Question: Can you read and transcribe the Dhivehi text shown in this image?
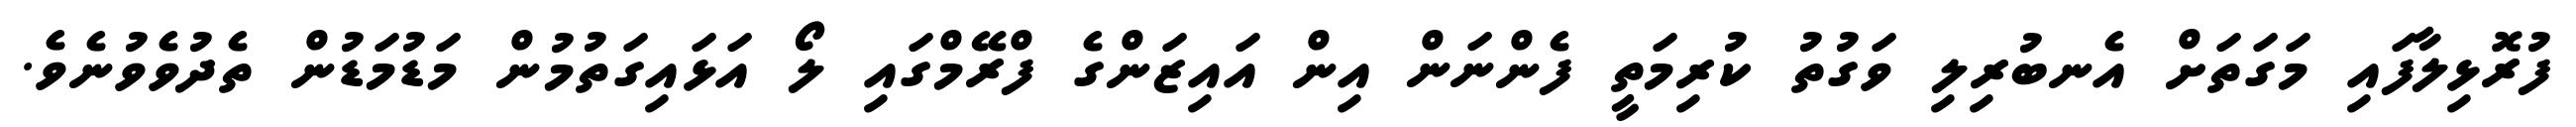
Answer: ފުރޮޅިލާފައި މަގަތަށް އެނބުރިލި ވަގުތު ކުރިމަތީ ފެންނަން އިން އައިޒަންގެ ފްރޭމްގައި ލޯ އަޅައިގަތުމުން މަޑުމަޑުން ތެދުވެވުނެވެ.